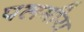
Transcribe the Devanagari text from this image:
पलमीरा